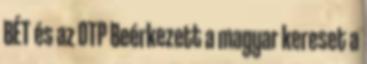
BÉT és az OTP Beérkezett a magyar kereset a